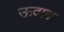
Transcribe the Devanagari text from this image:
ऊदाद्य